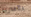
بالسرير